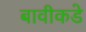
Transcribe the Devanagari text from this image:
बावीकडे